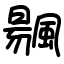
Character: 䬗